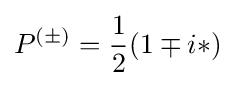
P^{(\pm )}={1 \over 2}(1\mp i*)